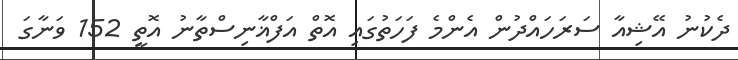
ދެކުނު އޭޝިއާ ސަރަހައްދުން އެންމެ ފަހަތުގައި އޮތް އަފްޣާނިސްތާނު އޮތީ 152 ވަނާގަ